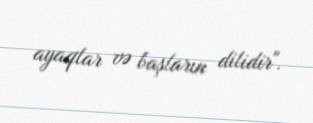
ayaqlar və başların dilidir".